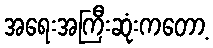
အရေးအကြီးဆုံးကတော့